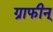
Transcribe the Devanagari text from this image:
ग्राफीन्